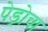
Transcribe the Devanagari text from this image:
पेड्रोचा